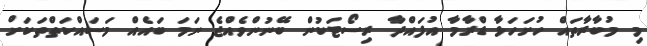
މި މުބާރާތައް ހުށަހަޅާ ޑްރާމާ އުފައްދާ ރިސޯޓަކުން ބޭނުންވެއްޖެ ނަމަ ބައެއް މަސައްކަތްތަކަށް